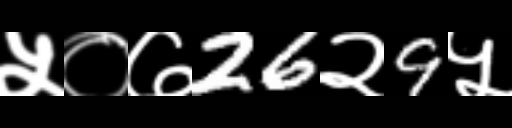
Text: ५०७26२9५